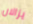
يزالان